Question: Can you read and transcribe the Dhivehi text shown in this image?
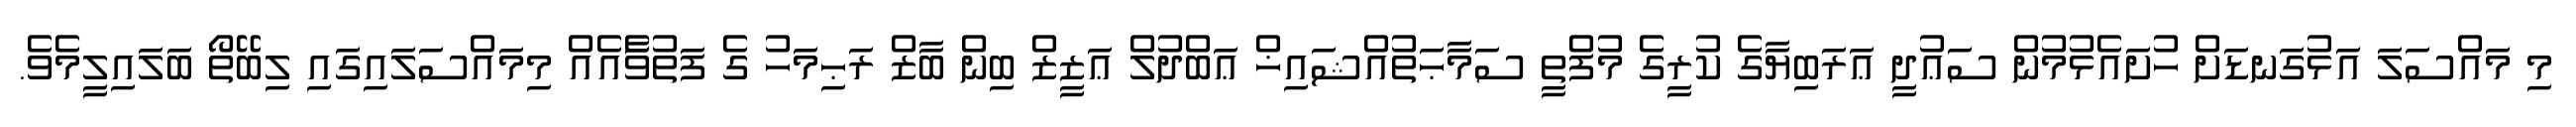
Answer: މި މައްސަލަ އަޅުގަނޑަށް ހުށައެޅުމުން ސަޢުދީ ޢަރަބިޔާގެ ކުރީގެ މުފްތީ ސަމާޙަތުއްޝައިޚް ޢަބްދުލް ޢަޒީޒް ބިން ބާޒް ރަޙިމަހު ގެ ފަތުވާެއެއް މިމައްސަލައިގައި ލިބޭތޯ ބަލައިލީމެވެ.